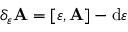
\delta _ { \varepsilon } \mathbf { A } = [ \varepsilon , \mathbf { A } ] - \mathrm { d } \varepsilon